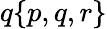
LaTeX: q{\left\{ \begin{array}{l}{p,q,r}\end{array}\right\} }